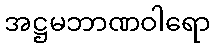
အဋ္ဌမဘာဏဝါရော